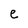
Character: e